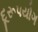
દૂરૂપયોગ